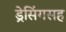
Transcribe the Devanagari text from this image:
ड्रेसिंगसह